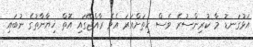
އަޅުގަނޑު މާ ކުރިންސުރެ ވެސް ހިތަށްއަރަ އެވެ ރާއްޖޭގައި އޮތް ޚިޔާނާތުގެ ނުބައި